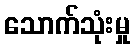
သောက်သုံးမှု